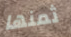
ثمنها